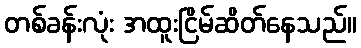
တစ်ခန်းလုံး အထူးငြိမ်ဆိတ်နေသည်။